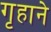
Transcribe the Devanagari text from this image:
गृहाने